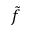
\tilde { f }